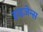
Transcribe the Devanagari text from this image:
हाइजेन्स